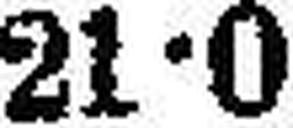
21•0